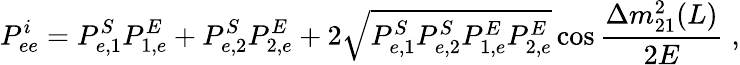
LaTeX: P_{ee}^{i}=P_{e,1}^{S}P_{1,e}^{E}+P_{e,2}^{S}P_{2,e}^{E}+2\sqrt{P_{e,1}^{S}P_{e,2}^{S}P_{1,e}^{E}P_{2,e}^{E}}\cos\frac{\Delta m_{21}^{2}(L)}{2E}\; ,